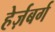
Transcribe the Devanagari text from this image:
हेर्ज़बर्ग